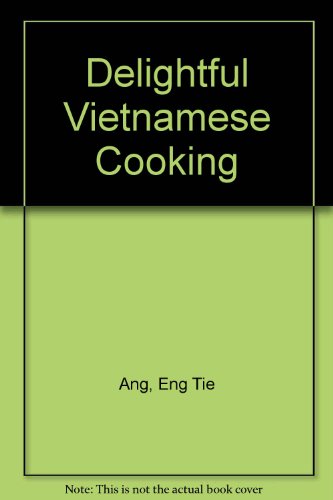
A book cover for Delightful Vietnamese Cooking; Eng Tie Ang; Cookbooks, Food & Wine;